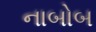
નાબોબ